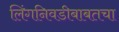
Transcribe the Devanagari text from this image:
लिंगनिवडीबाबतचा